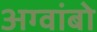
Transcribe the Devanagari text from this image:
अग्वांबो